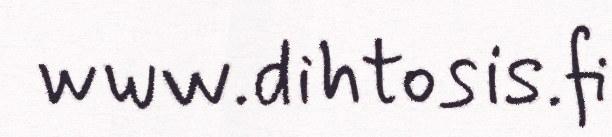
www.dihtosis.fi